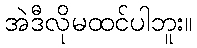
အဲဒီလိုမထင်ပါဘူး။